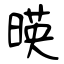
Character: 暎